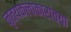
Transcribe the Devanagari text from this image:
नृत्यकलाकारांच्या